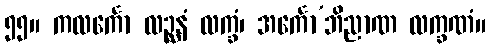
၅၅။ ကလင်္ကော လဉ္ဆနံ လက္ခံ၊ အင်္ကော’ဘိညာဏ လက္ခဏံ။